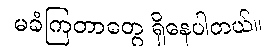
မခံကြတာတွေ ရှိနေပါတယ်။